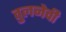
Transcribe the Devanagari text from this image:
तुलनेची